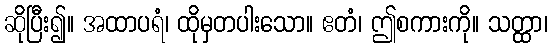
ဆိုပြီး၍။ အထာပရံ၊ ထိုမှတပါးသော။ ဧတံ၊ ဤစကားကို။ သတ္ထာ၊